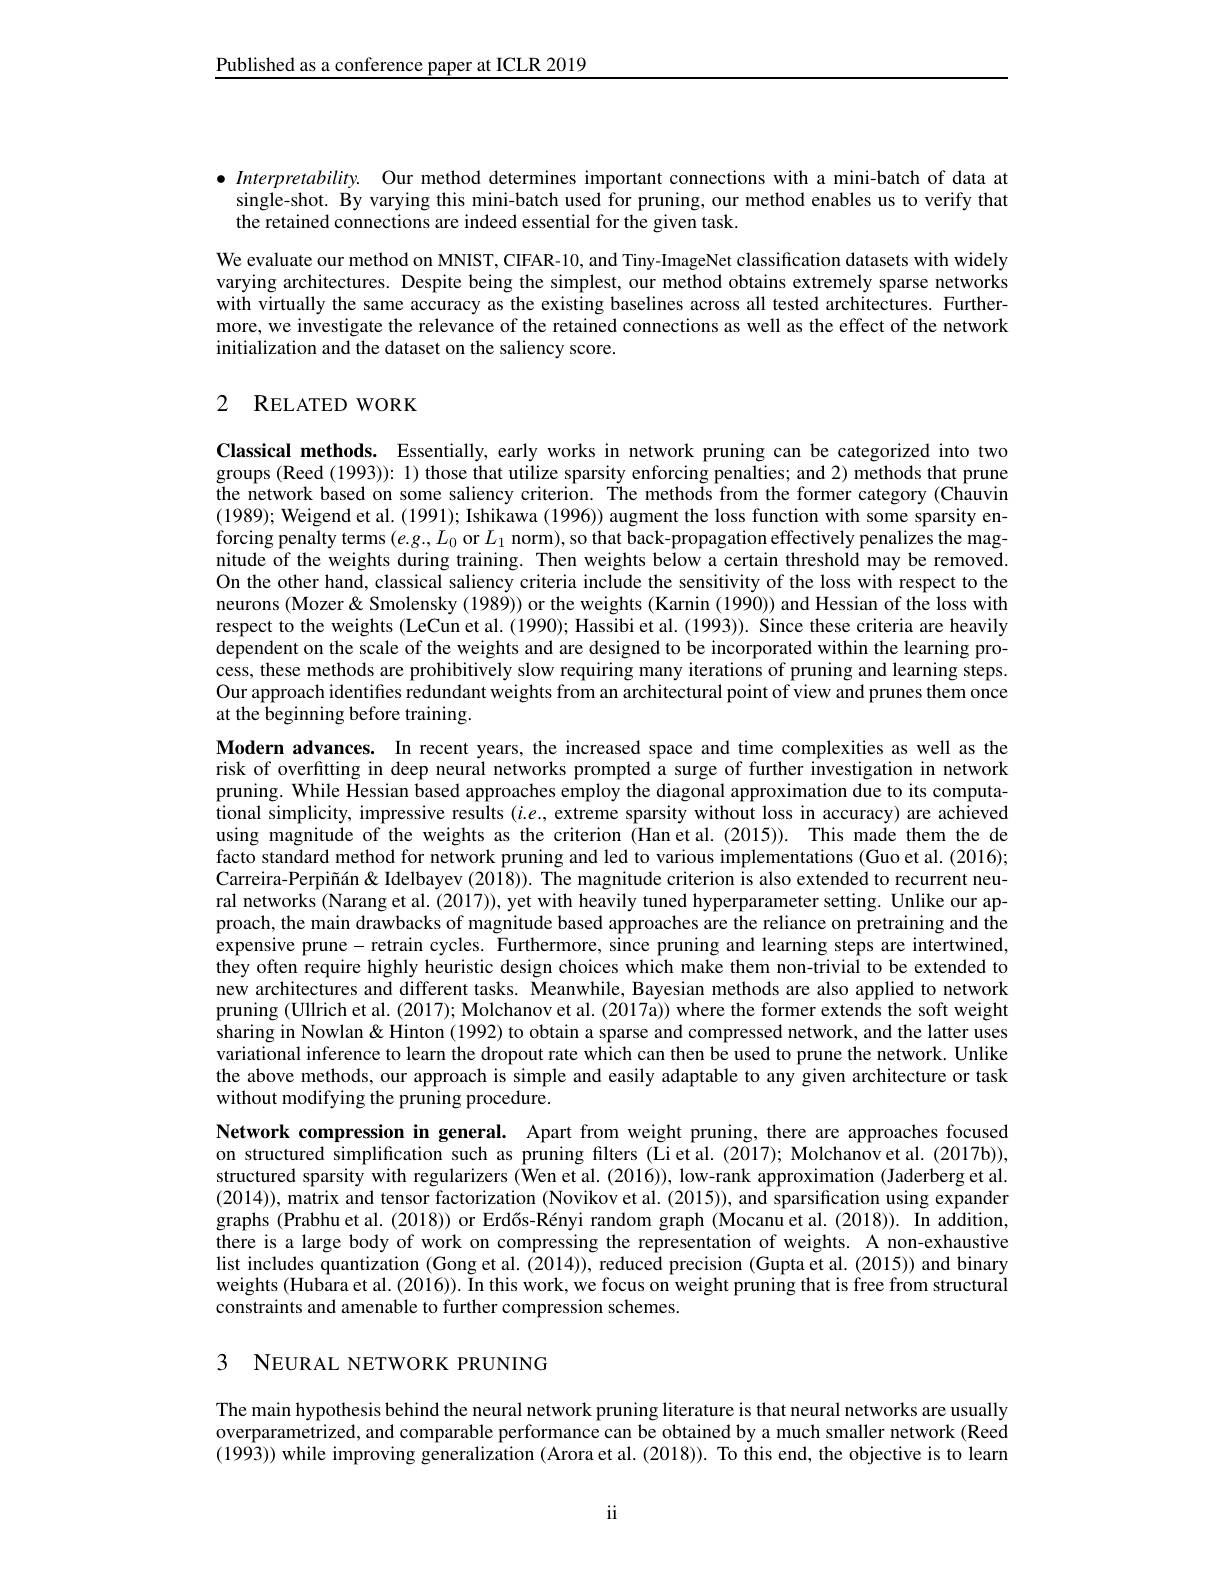
Published as a conference paper at ICLR 2019

$\bullet$ Interpretability. Our method determines important connections with a mini-batch of data at
single-shot. By varying this mini-batch used for pruning, our method enables us to verify that
the retained connections are indeed essential for the given task.

We evaluate our method on MNIST, CIFAR-10, and Tiny-ImageNet classification datasets with widely varying architectures. Despite being the simplest, our method obtains extremely sparse networks with virtually the same accuracy as the existing baselines across all tested architectures. Furthermore, we investigate the relevance of the retained connections as well as the effect of the network initialization and the dataset on the saliency score.

# 2 RELATED WORK

Classical methods. Essentially, early works in network pruning can be categorized into two groups (Reed (1993)): 1) those that utilize sparsity enforcing penalties; and 2) methods that prune the network based on some saliency criterion. The methods from the former category (Chauvin (1989); Weigend et al. (1991); Ishikawa (1996)) augment the loss function with some sparsity enforcing penalty terms $(e.g.,L_{0}$ or $L_1$ norm), so that back-propagation effectively penalizes the magnitude of the weights during training. Then weights below a certain threshold may be removed. On the other hand, classical saliency criteria include the sensitivity of the loss with respect to the neurons (Mozer& Smolensky (1989)) or the weights (Karnin (1990)) and Hessian of the loss with respect to the weights (LeCun et al. (1990); Hassibi et al. (1993)). Since these criteria are heavily dependent on the scale of the weights and are designed to be incorporated within the learning process, these methods are prohibitively slow requiring many iterations of pruning and learning steps. Our approach identiffes redundant weights from an architectural point of view and prunes them once at the beginning before training.

Modern advances. In recent years, the increased space and time complexities as well as the risk of overfitting in deep neural networks prompted a surge of further investigation in network pruning. While Hessian based approaches employ the diagonal approximation due to its computational simplicity, impressive results $(i.e.$, extreme sparsity without loss in accuracy) are achieved using magnitude of the weights as the criterion (Han et al.(2015)). This made them the de facto standard method for network pruning and led to various implementations (Guo et al. (2016); Carreira-Perpiñán& Idelbayev (2018)). The magnitude criterion is also extended to recurrent neural networks (Narang et al. (2017)), yet with heavily tuned hyperparameter setting. Unlike our approach, the main drawbacks of magnitude based approaches are the reliance on pretraining and the expensive prune - retrain cycles. Furthermore, since pruning and learning steps are intertwined, they often require highly heuristic design choices which make them non-trivial to be extended to new architectures and different tasks. Meanwhile, Bayesian methods are also applied to network pruning (Ullrich et al. (2017); Molchanov et al. (2017a)) where the former extends the soft weight sharing in Nowlan & Hinton (1992) to obtain a sparse and compressed network, and the latter uses variational inference to learn the dropout rate which can then be used to prune the network. Unlike the above methods, our approach is simple and easily adaptable to any given architecture or task without modifying the pruning procedure.
Network compression in general. Apart from weight pruning, there are approaches focused

on structured simplification such as pruning filters (Liet al. (2017); Molchanov et al. (2017b)), structured sparsity with regularizers (Wen et al. (2016)), low-rank approximation (Jaderberg et al. (2014)), matrix and tensor factorization (Novikov et al. (2015)), and sparsification using expander graphs (Prabhu et al. (2018)) or Erdős-Rényi random graph (Mocanu et al. (2018)). In addition, there is a large body of work on compressing the representation of weights. A non-exhaustive list includes quantization (Gong et al. (2014)), reduced precision (Gupta et al. (2015)) and binary weights (Hubara et al. (2016)). In this work, we focus on weight pruning that is free from structural constraints and amenable to further compression schemes.

3 NEURAL NETWORK PRUNING

The main hypothesis behind the neural network pruning literature is that neural networks are usually overparametrized, and comparable performance can be obtained by a much smaller network (Reed $(199\hat{3}))$ while improving generalization (Arora et al. (2018)). To this end, the objective is to learn

ii